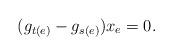
LaTeX: \begin{align*} (g_{t(e)}-g_{s(e)})x_e=0.\end{align*}